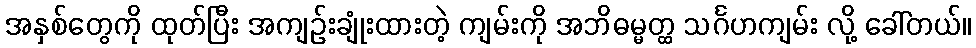
အနှစ်တွေကို ထုတ်ပြီး အကျဉ်းချုံးထားတဲ့ ကျမ်းကို အဘိဓမ္မတ္ထ သင်္ဂဟကျမ်း လို့ ခေါ်တယ်။